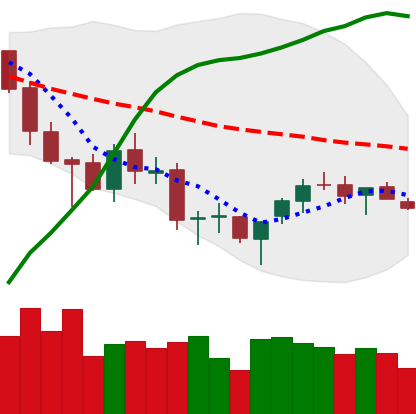
Ticker: BTC-USD
Chart end date: 2018-03-25
Forward return: -18.895%
Label: down_7plus